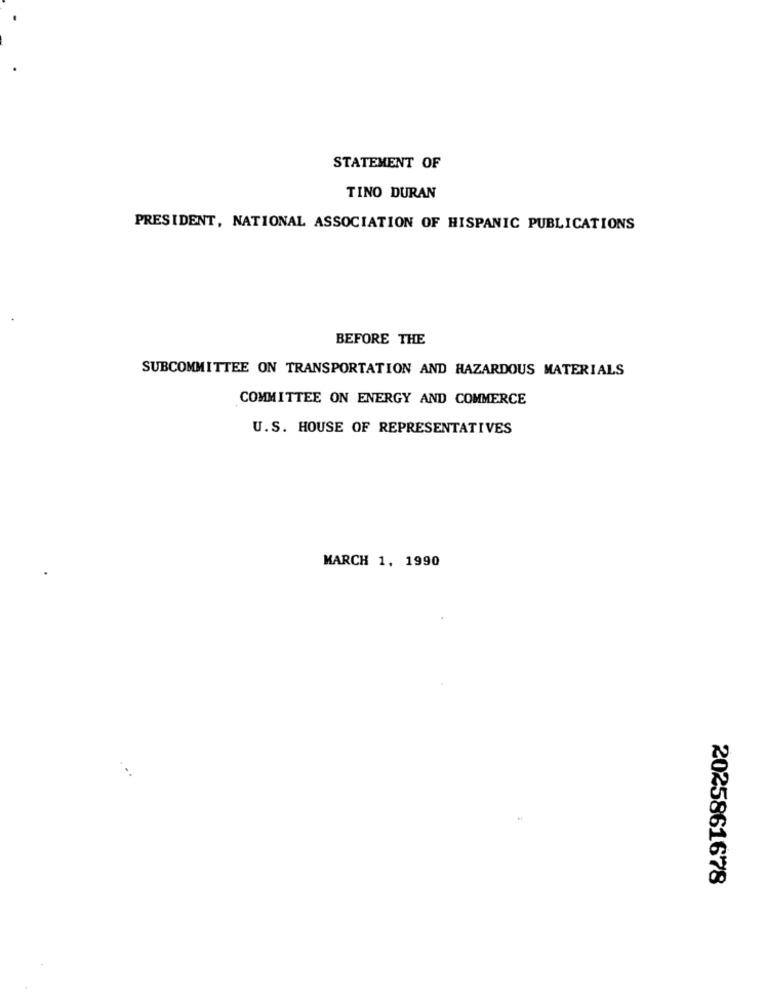
STATEMENT OF
TINO DURAN
PRESIDENT, NATIONAL ASSOCIATION OF HISPANIC PUBLICATIONS
BEFORE THE
SUBCOMMITTEE ON TRANSPORTATION AND HAZARDOUS MATERIALS
COMMITTEE ON ENERGY AND COMMERCE
U.S. HOUSE OF REPRESENTATIVES
MARCH 1, 1990
2025861678